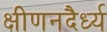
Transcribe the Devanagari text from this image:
क्षीणनदैर्ध्य